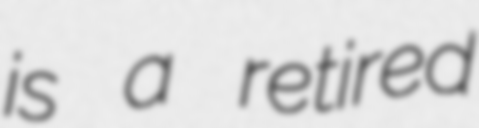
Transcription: is a retired